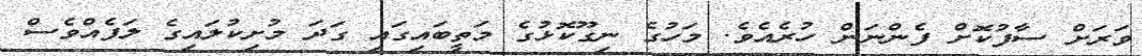
ވަރަށް ސާފުކޮށް ފެންނަން ހުރެއެވެ. މަހުގެ ނިގޫކޮޅުގެ މަތީބައިގައި ގަދަ މުށިކުލައިގެ ލަފެއްވެސް